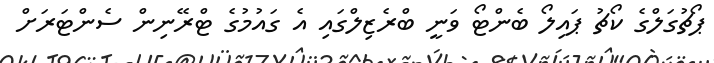
ޕޯޗުގަލްގެ ކޯޗު ޕައިލޯ ބެންޓޯ ވަނީ ބްރެޒިލްގައި އެ ގައުމުގެ ޓްރޭނިން ސެންޓަރަށް